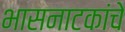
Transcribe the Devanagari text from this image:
भासनाटकांचे